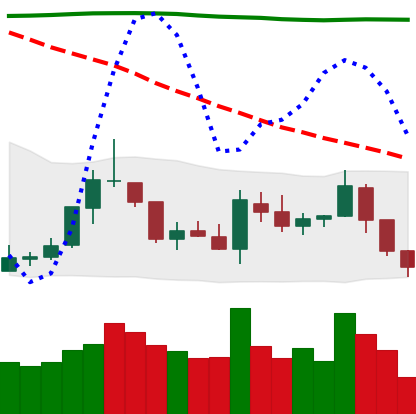
Ticker: TRX-USD
Chart end date: 2018-08-01
Forward return: -10.462%
Label: down_7plus